On the morphology, teratology, and diclinism of the flowers of cannabis - Number 12
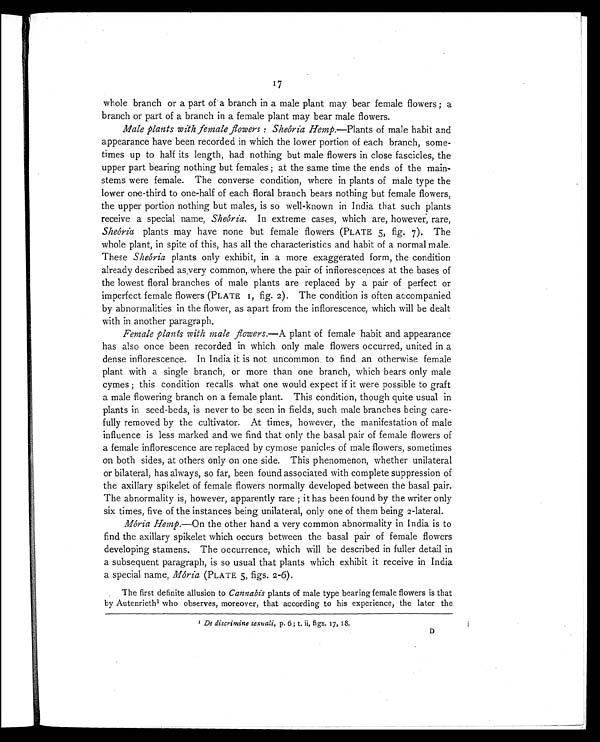
whole branch or a part of a branch in a male plant may bear female flowers ; a
17
branch or part of a branch in a female plant may bear male flowers.
Male plants with female flowers : Sheória Hemp. —Plants of male habit and
appearance have been recorded in which the lower portion of each branch, some-
times up to half its length, had nothing but male flowers in close fascicles, the
upper part bearing nothing but females ; at the same time the ends of the main-
stems were female. The converse condition, where in plants of male type the
lower one-third to one-half of each floral branch bears nothing but female flowers,
the upper portion nothing but males, is so well-known in India that such plants
receive a special name, Sheória. In extreme cases, which are, however, rare,
Sheória plants may have none but female flowers (PLATE 5, fig. 7). The
whole plant, in spite of this, has all the characteristics and habit of a normal male.
These Sheória plants only exhibit, in a more exaggerated form, the condition
already described as very common, where the pair of inflorescences at the bases of
the lowest floral branches of male plants are replaced by a pair of perfect or
imperfect female flowers (PLATE 1, fig. 2). The condition is often accompanied
by abnormalities in the flower, as apart from the inflorescence, which will be dealt
with in another paragraph.
Female plants with male flowers. —A plant of female habit and appearance
has also once been recorded in which only male flowers occurred, united in a
dense inflorescence. In India it is not uncommon to find an otherwise female
plant with a single branch, or more than one branch, which bears only male
cymes ; this condition recalls what one would expect if it were possible to graft
a male flowering branch on a female plant. This condition, though quite usual in
plants in seed-beds, is never to be seen in fields, such male branches being care-
fully removed by the cultivator. At times, however, the manifestation of male
influence is less marked and we find that only the basal pair of female flowers of
a female inflorescence are replaced by cymose panicles of male flowers, sometimes
on both sides, at others only on one side. This phenomenon, whether unilateral
or bilateral, has always, so far, been found associated with complete suppression of
the axillary spikelet of female flowers normally developed between the basal pair.
The abnormality is, however, apparently rare ; it has been found by the writer only
six times, five of the instances being unilateral, only one of them being 2-lateral.
Mória Hemp. —On the other hand a very common abnormality in India is to
find the axillary spikelet which occurs between the basal pair of female flowers
developing stamens. The occurrence, which will be described in fuller detail in
a subsequent paragraph, is so usual that plants which exhibit it receive in India
a special name, Mória (PLATE 5, figs. 2-6).
The first definite allusion to Cannabis plants of male type bearing female flowers is that
by Autenrieth1 who observes, moreover, that according to his experience, the later the
1 De discrimine sexuali, p. 6; t. ii, figs. 17, 18.
D